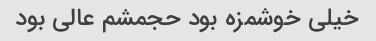
خیلی خوشمزه بود حجمشم عالی بود